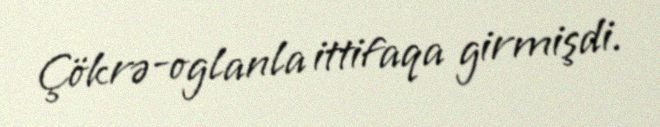
Çökrə-oglanla ittifaqa girmişdi.